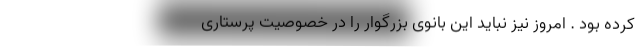
کرده بود . امروز نیز نباید این بانوی بزرگوار را در خصوصیت پرستاری